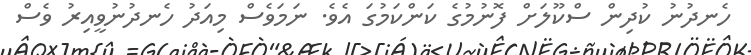
ހެނދުނު ކުދިން ސްކޫލަށް ފޮނުމުގެ ކަންކަމުގަ އެވެ. ނަމަވެސް މިއަދު ހެނދުނުވީއިރު ވެސް